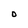
Character: D